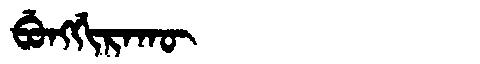
Manchu: ᠪᡠᠩᡤᡳᡵᠠᡴᡡ
Romanization: BUNGGIRAKŪ